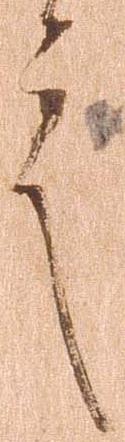
言